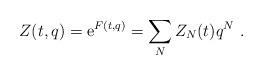
LaTeX: \begin{align*}Z(t,q)= {\rm e}^{ F(t,q)} = \sum_N Z_N(t) q^N~.\end{align*}